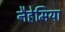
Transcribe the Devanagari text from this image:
नैहेमिया